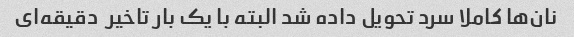
نان‌ها کاملا سرد تحویل داده شد البته با یک بار تاخیر  دقیقه‌ای